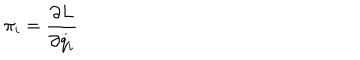
LaTeX: \pi _ { i } = \frac { \partial L } { \partial \stackrel { . . } { q } _ { i } }